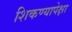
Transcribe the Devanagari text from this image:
शिकण्यापेक्षा